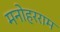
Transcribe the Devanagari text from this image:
मनोहरराम